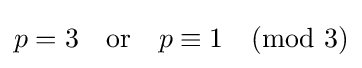
p=3\quad {\mbox{or}}\quad p\equiv 1{\pmod {3}}